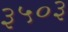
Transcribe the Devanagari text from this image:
३५०३